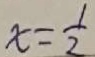
x = \frac { 1 } { 2 }